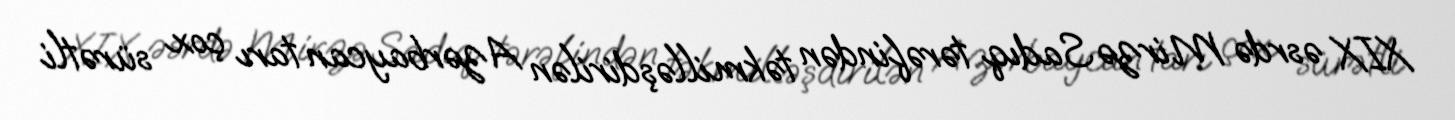
XIX əsrdə Mirzə Sadıq tərəfindən təkmilləşdirilən Azərbaycan tarı çox sürətli